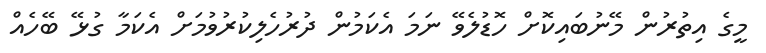
މީގެ އިތުރުން މޭނުބައިކޮށް ހޮޑުލެވޭ ނަމަ އެކަމުން ދުރުހެލިކުރުވުމަށް އެކަމާ ގުޅޭ ބޭހެއް